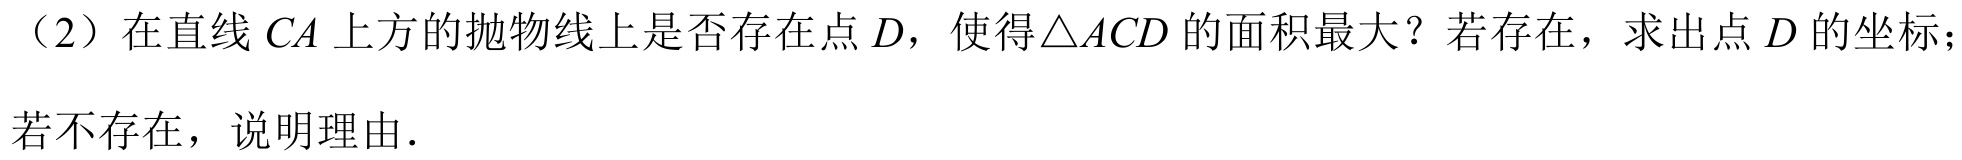
（2）在直线\(CA\)上方的抛物线上是否存在点\(D\)，使得\(\triangle ACD\)的面积最大？若存在，求出点\(D\)的坐标；
若不存在，说明理由．